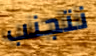
نتجنب